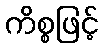
ကိစ္စဖြင့်